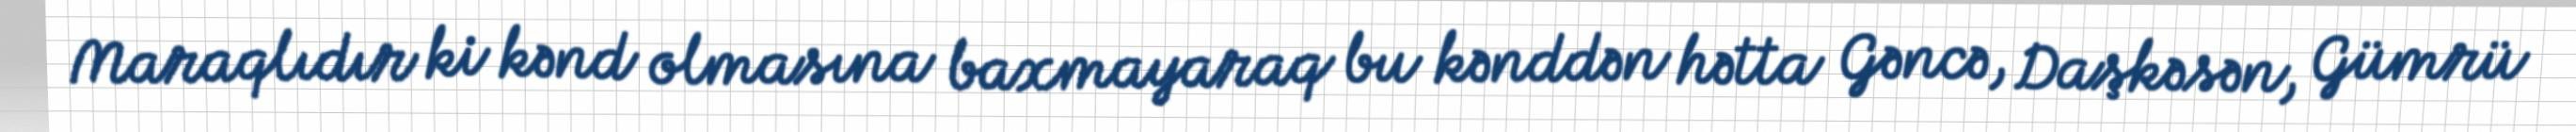
Maraqlıdır ki kənd olmasına baxmayaraq bu kənddən hətta Gəncə, Daşkəsən, Gümrü